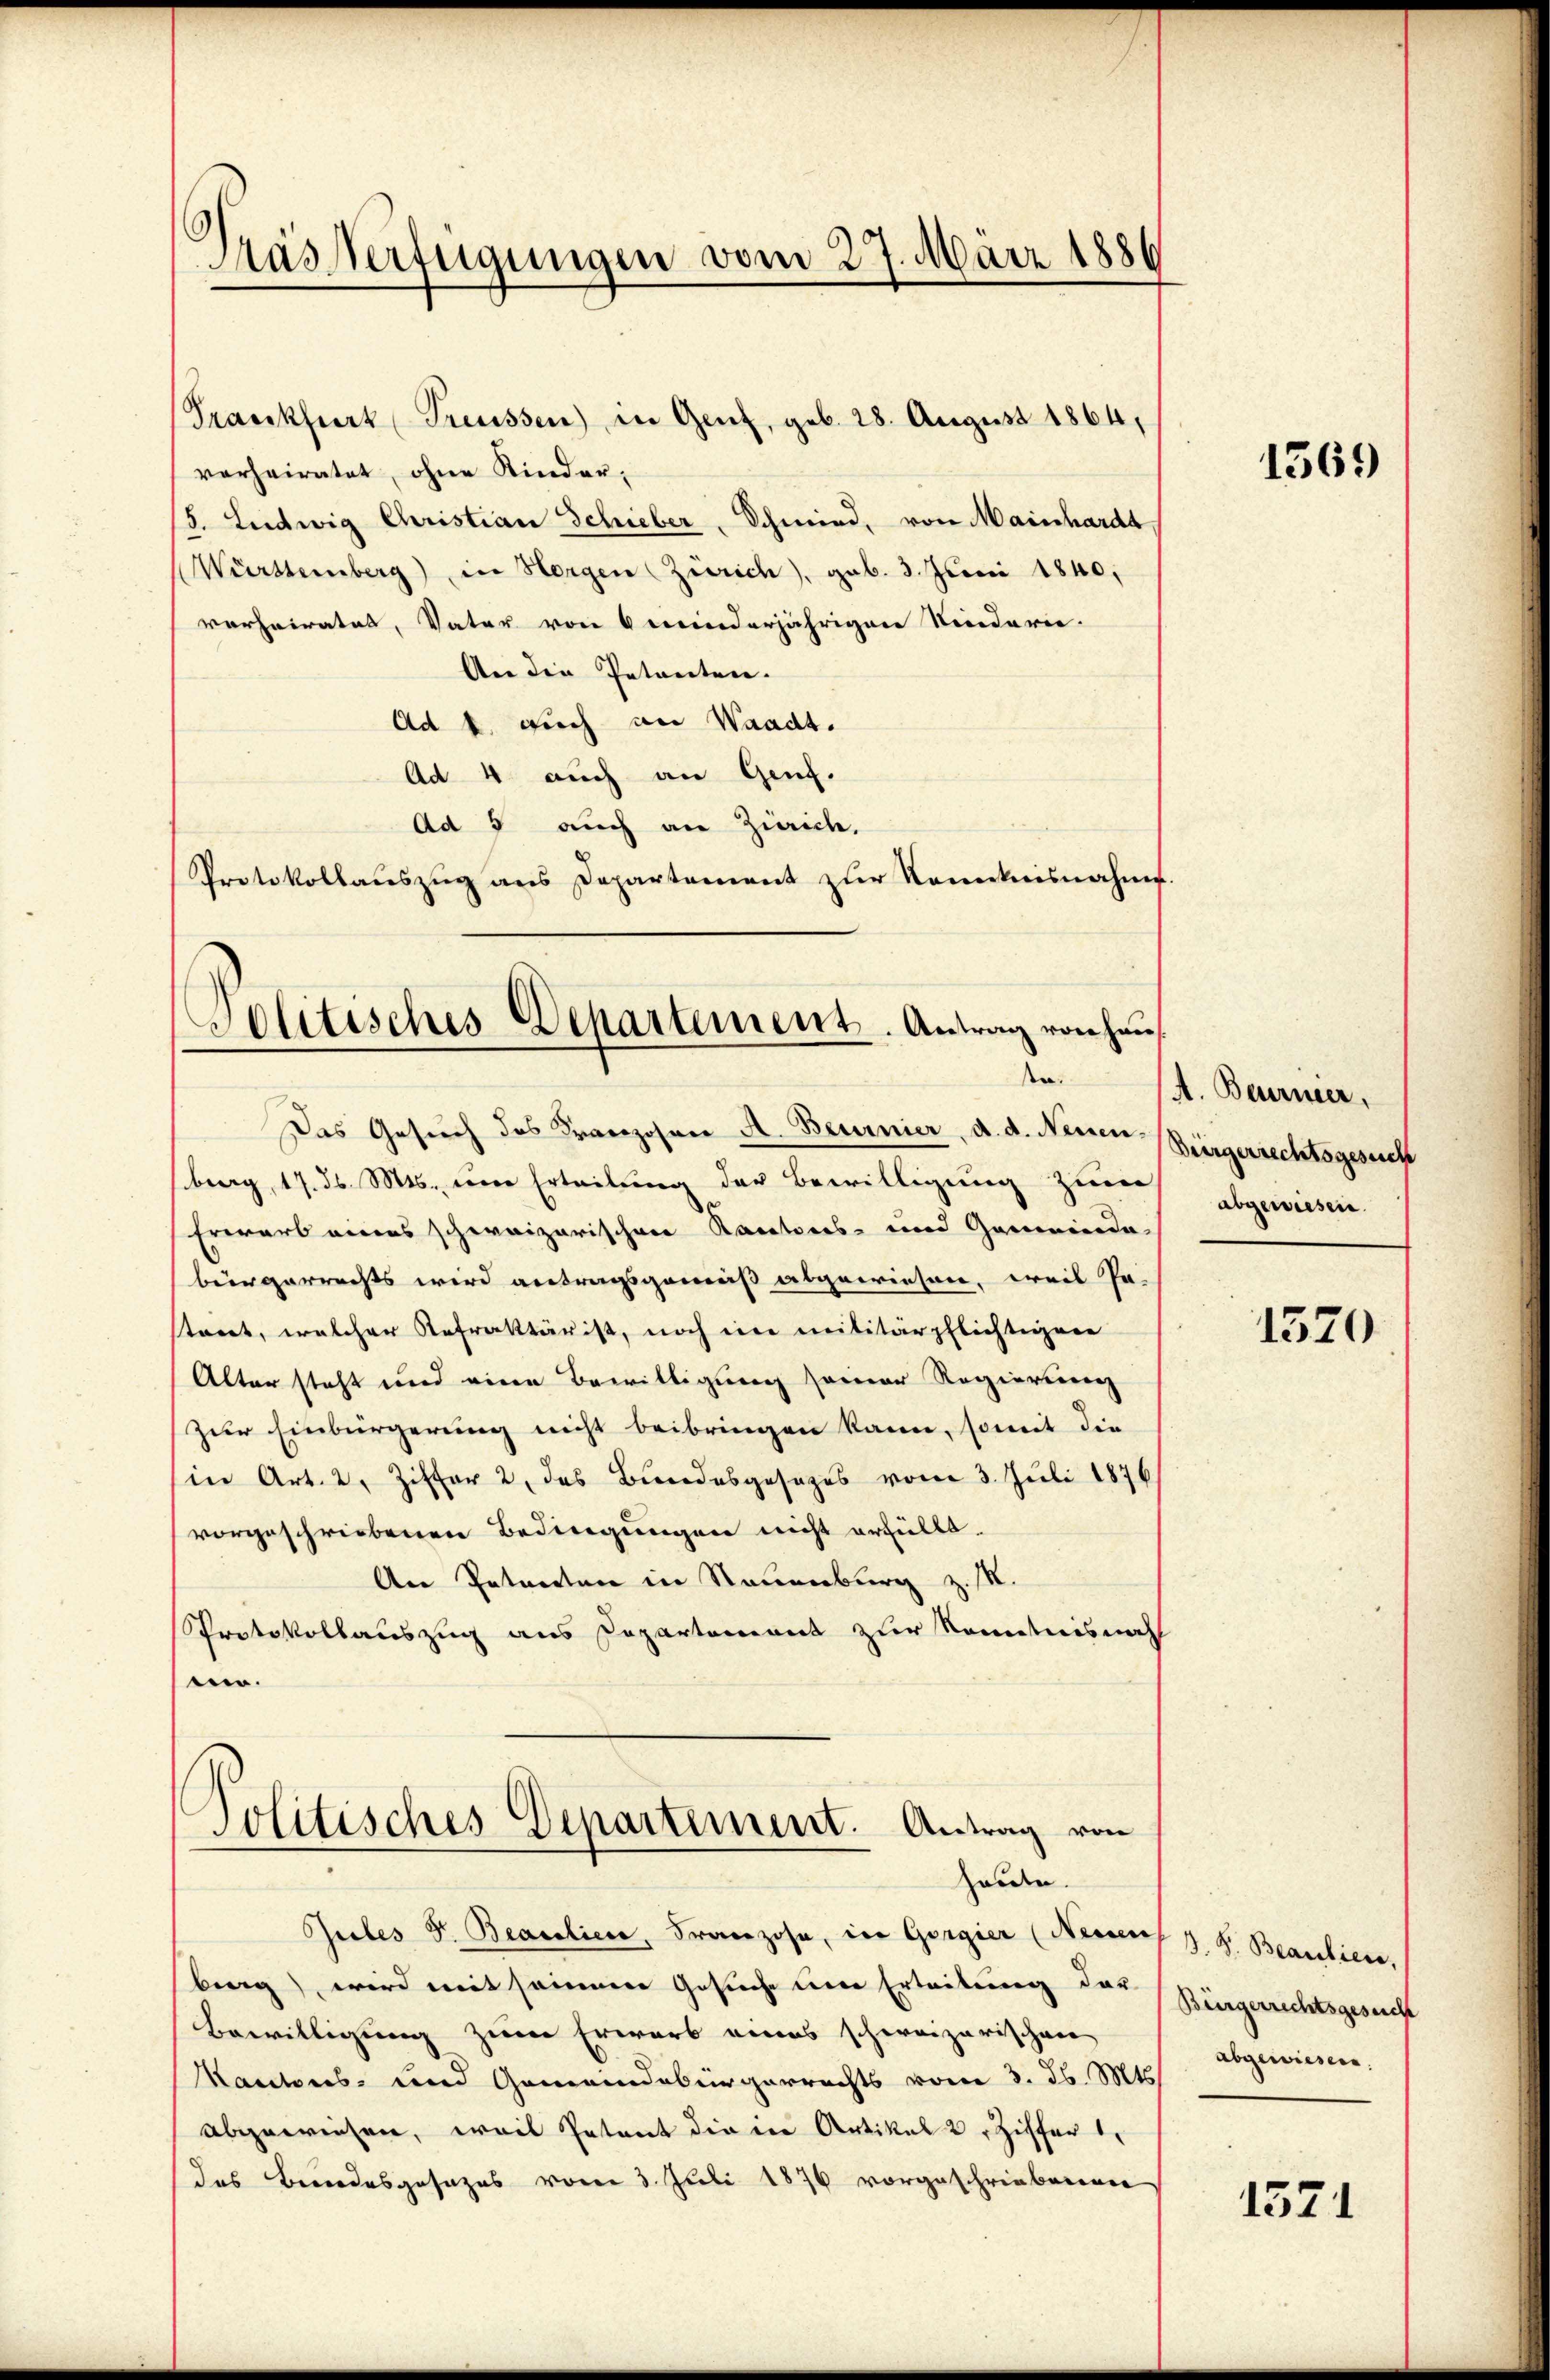
Pras Verfügungen vom 27. März 1886

Frankfurt Treussen) in Genf, geb. 28. August 1864,
vorheiratet, ohne Kinder¬
/5. Ludwig Christian Schieber, Schmied, von Mainhardt
Württemberg), in Horgen (Zürich), geb. 3. Juni 1840.
verheirates, Vater von 6 minderjährigen Niederie-
Are den Intreten.
Ad 1., auch an Waadt.
Ad 4 auch an Genf.
Ad 5 auch an Zürich.
Protokollauszug aus Departement zur Kenntnisnahme

olitisches Departement. Antrag von Haus
n.
Das Gesuch des Franzosen A. Beurnier, d. d. Neuen Bürgerrechtsgesuch

Builes d. Bearolien, Franzose, in Gorgier (Neuen J. J. Beantien,
berg), wird mit seiner Gesuche um Erteilung der
Bewilligung zum Erwarb eines schweizerischen
Kantons- und Gemeindebürgerrechts vom 3. ds. Mts.
abgewiesen, weil Petent die der Artikal 2 Ziffer 1
das Bundesgesezes vom 3. Juli 1876 vorgeschriebenen

berg, 17. ds. Mts. einer Erteilung der Bewilligung zum
Erwart eines schweizerischen Kantons- und Gemeinde-
bürgerrechts wird antragsgemäß abgewiesen, weil Pr.
taret, welcher Refraktärist, noch eine militärpflichtigen
Alter steht und eine Bewilligung seiner Regierung
Zur Einbürgerung nicht beibringen kann, somit die
sin Art. 2. Ziffer 2, das Bundesgesages vom 3. Juli 1876
vorgeschriebenen Bedingungen nicht erfüllt.
An Petenten in Neuenburg z. M.
Protokollauszug aus Departement zur Kenntnisnah
un.

Politisches Departement. Antrag von
heute.

1569

A. Berner,
abgewiesen.

1570

Bürgerrechtsgesuch
abgewiesen.

1571